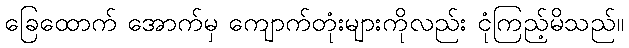
ခြေထောက် အောက်မှ ကျောက်တုံးများကိုလည်း ငုံကြည့်မိသည်။